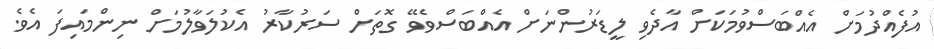
އުފެއްދުމަށް އެއްބަސްވުމަކަށް އާދެވި ލީޑަރުންނަށް އެއްބަސްވެވޭ ގޮތަށް ސަރުކާރު އެކުލަވާލުމަށް ނިންމައިފަ އެވެ.